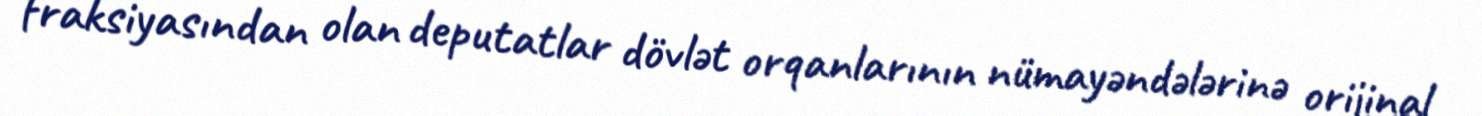
fraksiyasından olan deputatlar dövlət orqanlarının nümayəndələrinə orijinal